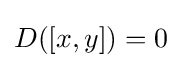
D([x,y])=0